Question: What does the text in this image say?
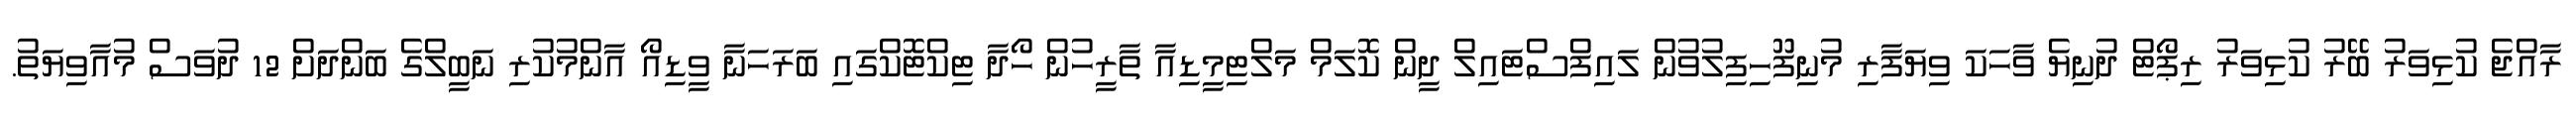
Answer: ރާއްޖެ ކުޅިވަރު ބޭރު ކުޅިވަރު ރިޕޯޓް ދުނިޔެ ވާހަކަ ވިޔަފާރި މުނިފޫހިފިލުވުން ލައިފްސްޓައިލް ދީން ކޮލަމް މަލްޓިމީޑިއާ ތާރީހުން ހޯދާ ޓިކްޓޮކްގައި ބަރަހަނާ ވީޑިއޯ އާންމުކުރި ނަބީލްގެ ބަންދަށް 12 ދުވަސް މުއާވިޔަތު.